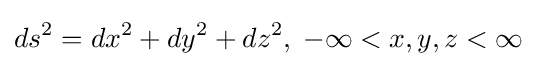
ds^{2}=dx^{2}+dy^{2}+dz^{2},\;-\infty <x,y,z<\infty